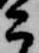
こ